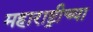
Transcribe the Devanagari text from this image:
महाराष्ट्रीच्या